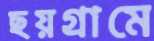
ছয়গ্রামে